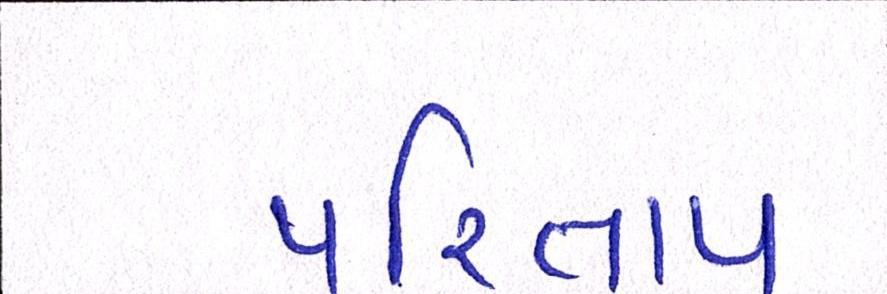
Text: પરિતાપ